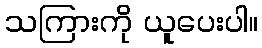
သကြားကို ယူပေးပါ။